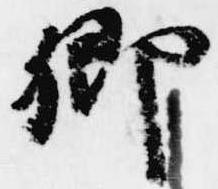
卿